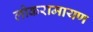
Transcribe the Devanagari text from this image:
लोकरामायण